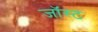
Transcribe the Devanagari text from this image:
जॉस्ट